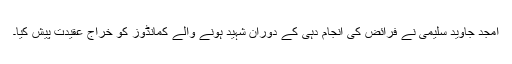
امجد جاوید سلیمی نے فرائض کی انجام دہی کے دوران شہید ہونے والے کمانڈوز کو خراج عقیدت پیش کیا۔